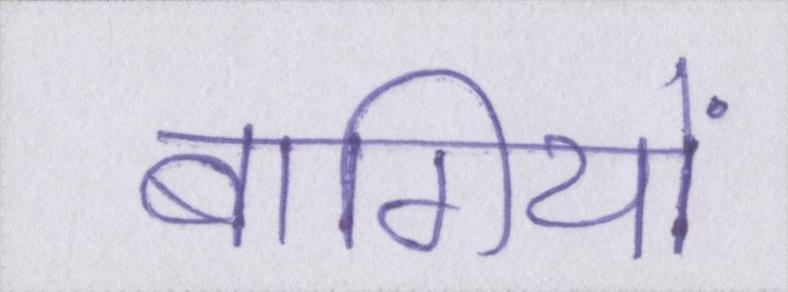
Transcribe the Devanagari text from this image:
बागियों